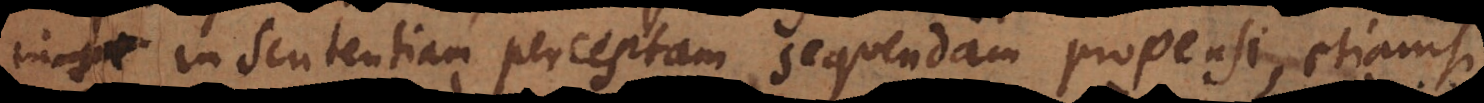
i in sententiam perceptam sequendam propensi, etiamsi